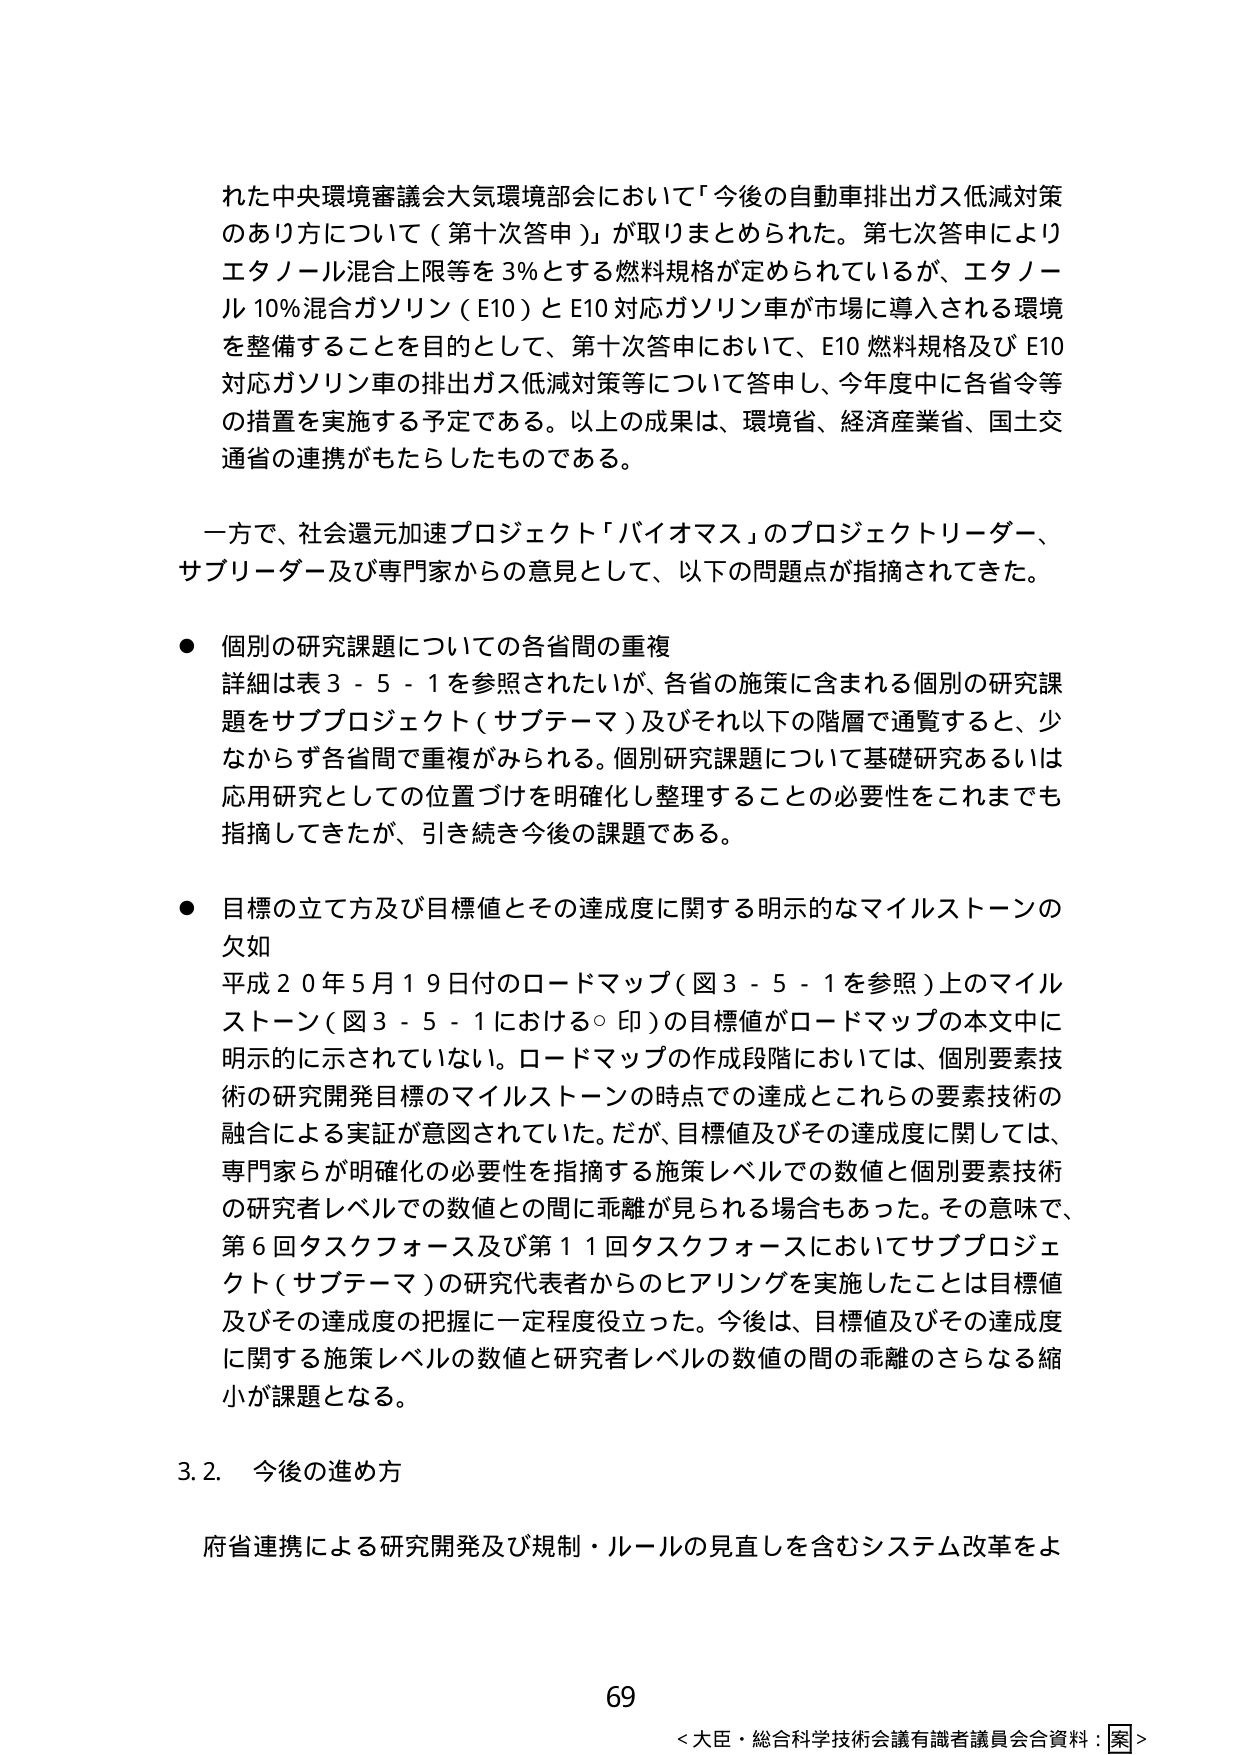
れた中央環境審議会大気環境部会において「今後の自動車排出ガス低減対策のあり方について（第十次答申）」が取りまとめられた。第七次答申によりエタノール混合上限等を3％とする燃料規格が定められているが、エタノール10％混合ガソリン（E10）とE10対応ガソリン車が市場に導入される環境を整備することを目的として、第十次答申において、E10燃料規格及びE10対応ガソリン車の排出ガス低減対策等について答申し、今年度中に各省令等の措置を実施する予定である。以上の成果は、環境省、経済産業省、国土交通省の連携がもたらしたものである。

一方で、社会還元加速プロジェクト「バイオマス」のプロジェクトリーダー、サブリーダー及び専門家からの意見として、以下の問題点が指摘されてきた。

● 個別の研究課題についての各省間の重複
詳細は表3-5-1を参照されたいが、各省の施策に含まれる個別の研究課題をサブプロジェクト（サブテーマ）及びそれ以下の階層で通覧すると、少なからず各省間で重複がみられる。個別研究課題について基礎研究あるいは応用研究としての位置づけを明確化し整理することの必要性をこれまでも指摘してきたが、引き続き今後の課題である。

● 目標の立て方及び目標値とその達成度に関する明示的なマイルストーンの欠如
平成20年5月19日付のロードマップ（図3-5-1を参照）上のマイルストーン（図3-5-1における○印）の目標値がロードマップの本文中に明示的に示されていない。ロードマップの作成段階においては、個別要素技術の研究開発目標のマイルストーンの時点での達成とこれら要素技術の融合による実証が意図されていた。だが、目標値及びその達成度に関しては、専門家らが明確化の必要性を指摘する施策レベルでの数値と個別要素技術の研究者レベルでの数値との間に乖離が見られる場合もあった。その意味で、第6回タスクフォース及び第11回タスクフォースにおいてサブプロジェクト（サブテーマ）の研究代表者からのヒアリングを実施したことは目標値及びその達成度の把握に一定程度役立った。今後は、目標値及びその達成度に関する施策レベルの数値と研究者レベルの数値の間の乖離のさらなる縮小が課題となる。

3.2 今後の進め方
府省連携による研究開発及び規制・ルールの見直しを含むシステム改革をよ

69
＜大臣・総合科学技術会議有識者議員会合資料：案＞